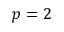
p = 2